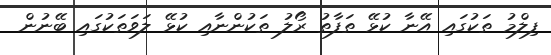
ފިލްމު ތަކުގައި އޭނާ ކުޅޭ ތަފާތު ރޯލު ތަކުންނާއި ކުޅޭ ލަވަތަކުގައި ބޭނުން